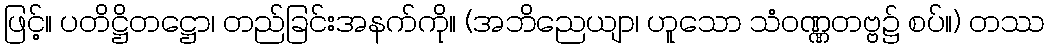
ဖြင့်။ ပတိဋ္ဌိတဋ္ဌော၊ တည်ခြင်းအနက်ကို။ (အဘိညေယျာ၊ ဟူသော သံဝဏ္ဏတဗ္ဗ၌ စပ်။) တဿ